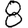
Digit: 8